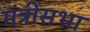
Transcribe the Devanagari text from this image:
मंत्रीसभा